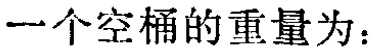
一个空桶的重量为：